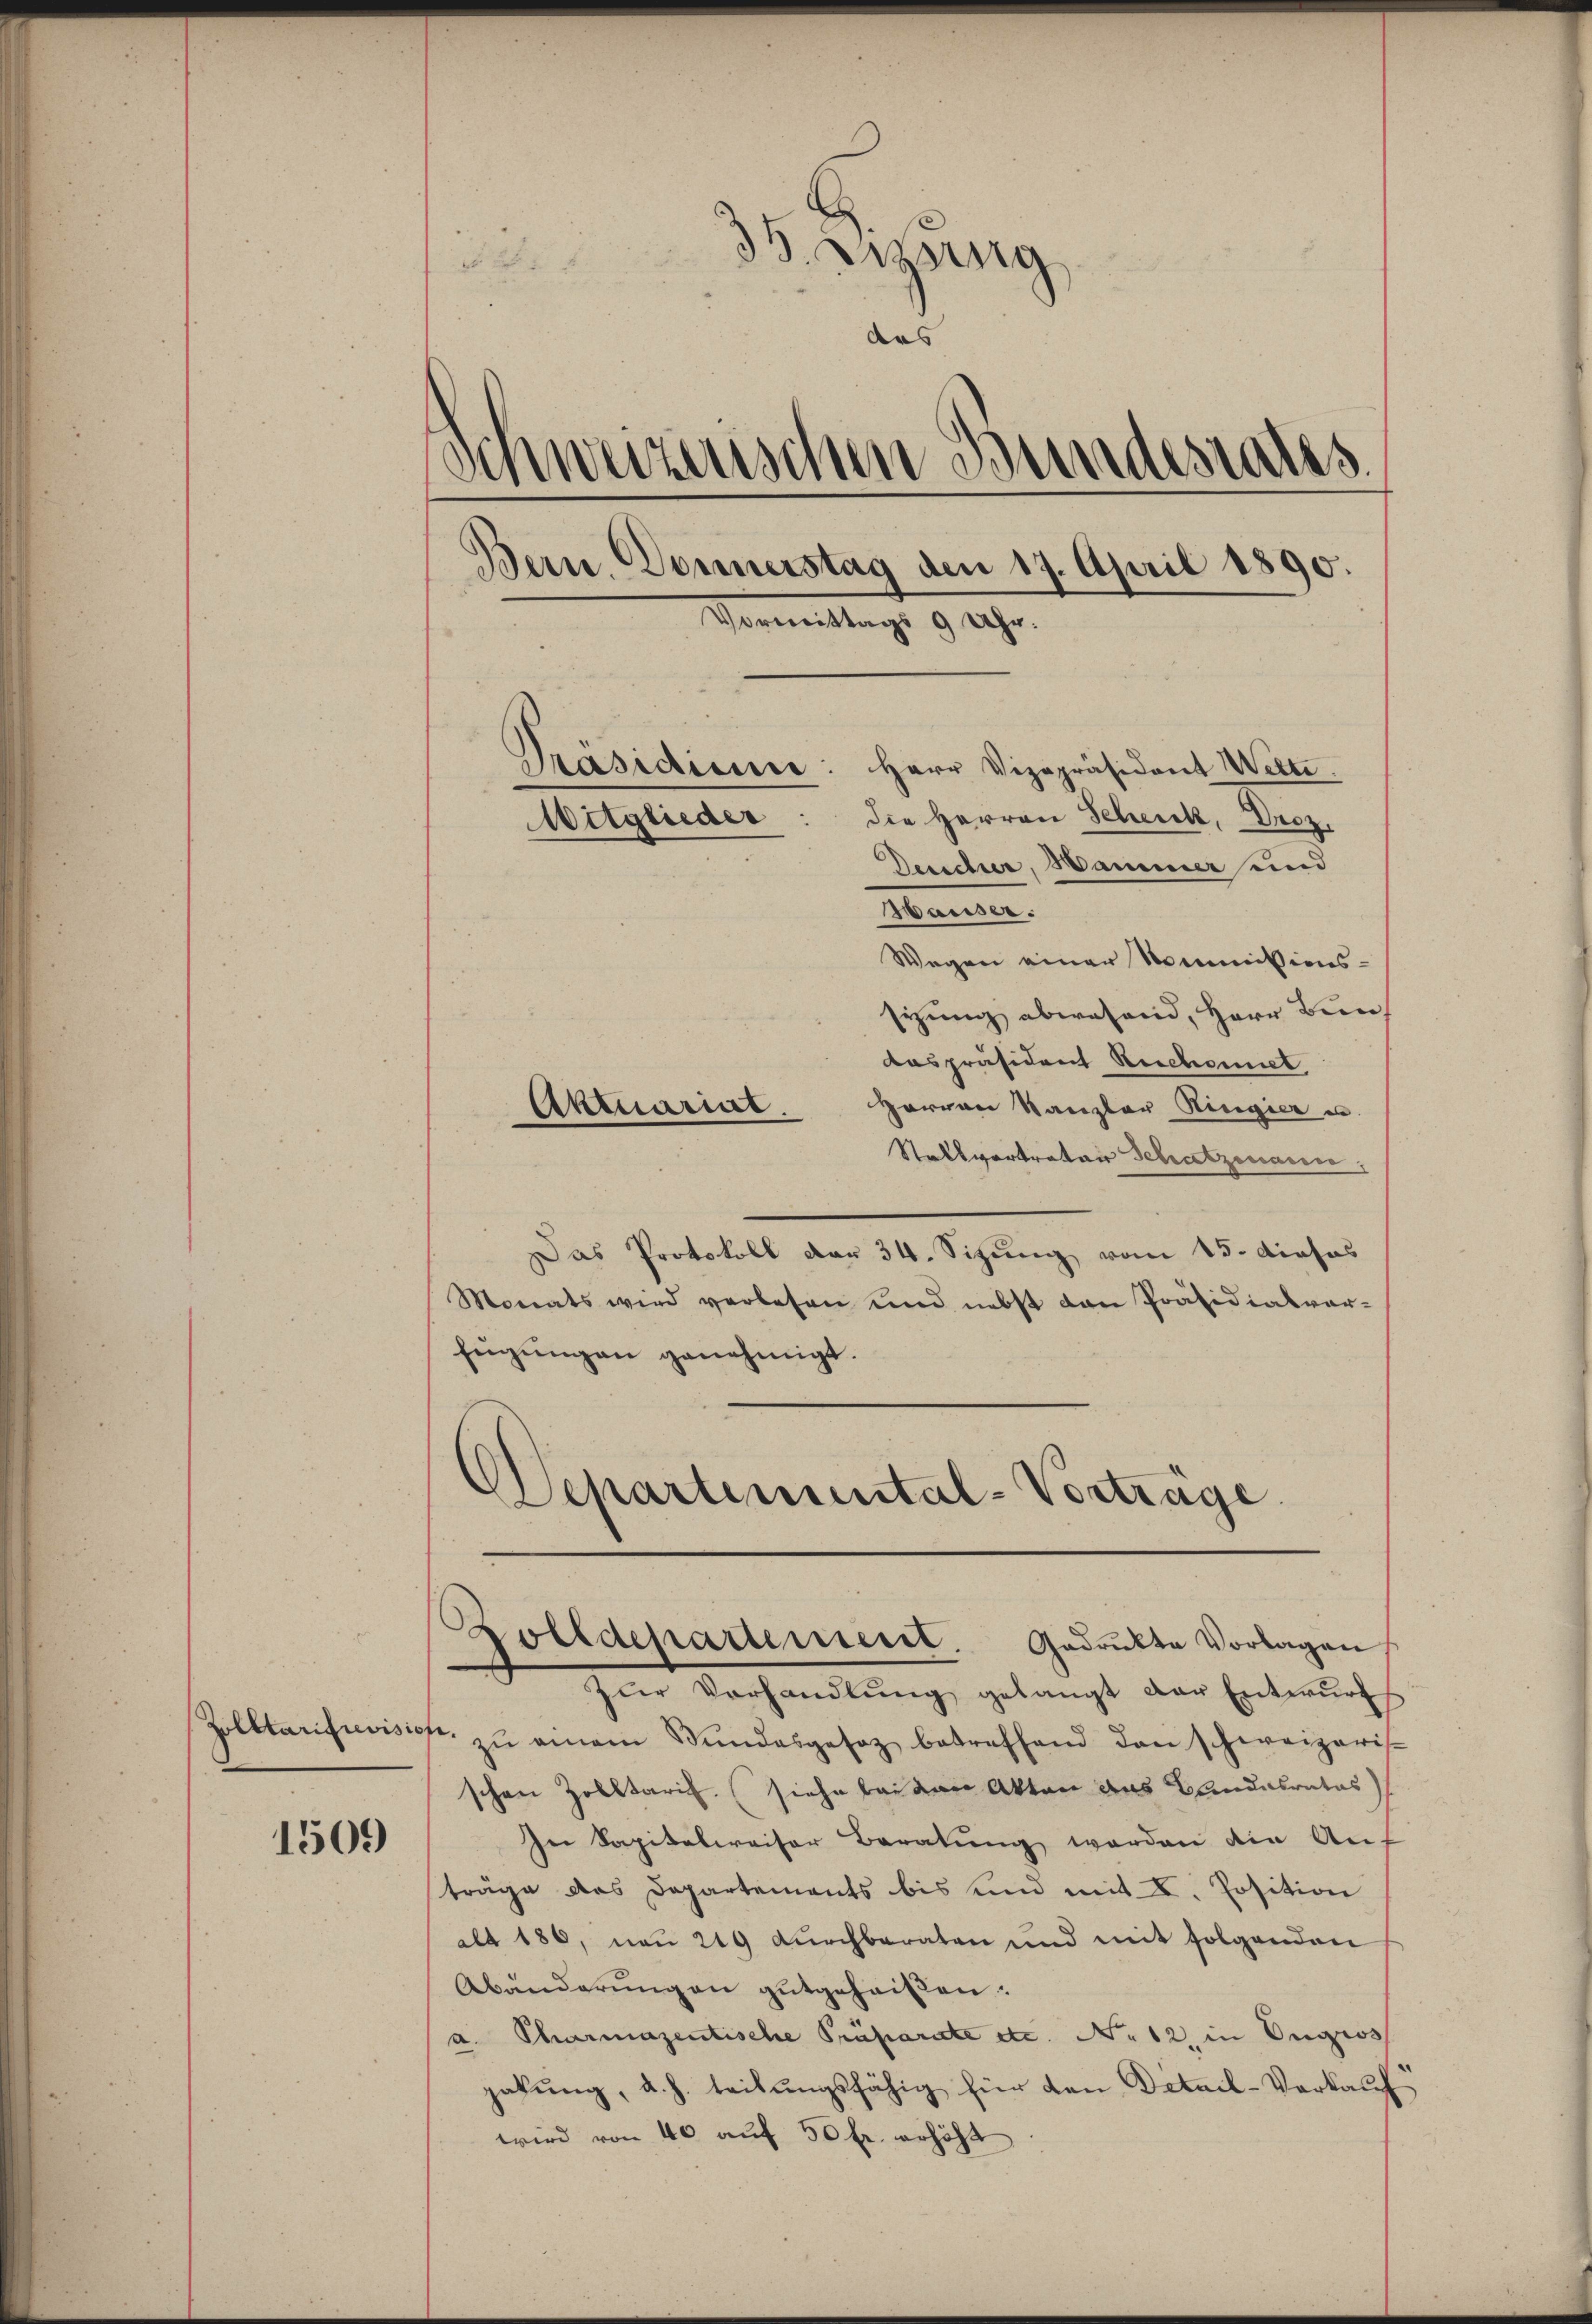
poletarifievision

1509

35. Sitzung

des
Schweizerischen Bundestalss
dern. Donnerstag den 17. April 1890.
Vormittags 9 Uhr.
Präsidience: Herr Vizepräsident Wette
die Herren Scheick, Droz.
Mitglieder
Deucher, Hammer und

Manter
Wegen einer Nommissions-
sizung abwesend, Herr Bun
Aaspräsident Rechsmiet
Harren Kanzler Ringier u.
Aktuariat.
Stellvertreter Schatzmann,
Das Protokoll der 34. Sizung vom 15. dieses
Monats wird verlesen und nebst dan Präsidialver-
fügŭngen genehmigt.
d
d
epartemental-Vorträge.

Zolldepartement. Gadrukte Vorlagen

zen Verhandlung, gelangt der Entwurf
 zŭ einem Stŭndesgesetz betreffend den schweizeris
schen Zolltaris. (siehe bei den Akten das Landesrates)
In Sapitalweiser Beratŭng werden die An-
träge das Departements bis und mit I. Position
alt 186, neu 249 durchberaten und mit folgenden
Abänderungen gutgeheißen:
a. Pharmazentische Präparate etc. No 12. in Ongros
gabŭng, d. h. teilungsfähig für den Detail-Verkauf
wird von 40 auf 50 Fr. erhöht